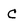
Character: C